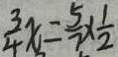
\frac { 3 } { 4 } x = \frac { 5 } { 7 } \times \frac { 1 } { 2 }